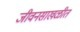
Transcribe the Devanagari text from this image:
जीवनसाखळीत